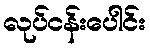
လုပ်ငန်းပေါင်း